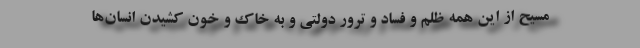
مسیح از این همه ظلم و فساد و ترور دولتی و به خاک و خون کشیدن انسان‌ها